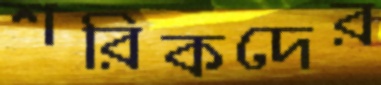
শরিকদের